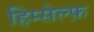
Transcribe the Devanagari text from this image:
हिम्सेल्फ़